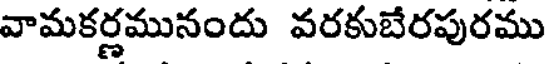
వామకర్ణమునందు వరకుబేరపురము